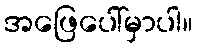
အဖြေပေါ်မှာပါ။